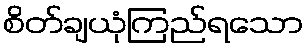
စိတ်ချယုံကြည်ရသော